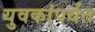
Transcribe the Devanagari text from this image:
युवकांपर्यंत